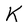
Character: K